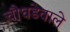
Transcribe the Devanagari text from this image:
चौघडेवाले